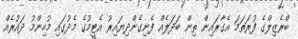
ބްރެޒިލްގެ ފުރަތަމަ އެގާރައިން ތިން ބަދަލެއް ފެނިގެންދިޔައިރު އެޓީމުގެ މެދުގައި މުހިންމު ދައުރެއް